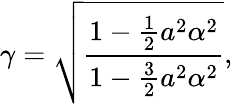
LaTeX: \gamma=\sqrt{\frac{1-\frac 12{a^{2}\alpha^{2}}}{1-\frac{3}{2}a^{2}\alpha^{2}}},